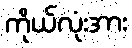
ကိုယ်လုံးအား